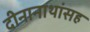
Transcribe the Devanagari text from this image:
दीनानाथांसह